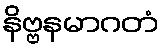
နိဗ္ဗနမာဂတံ